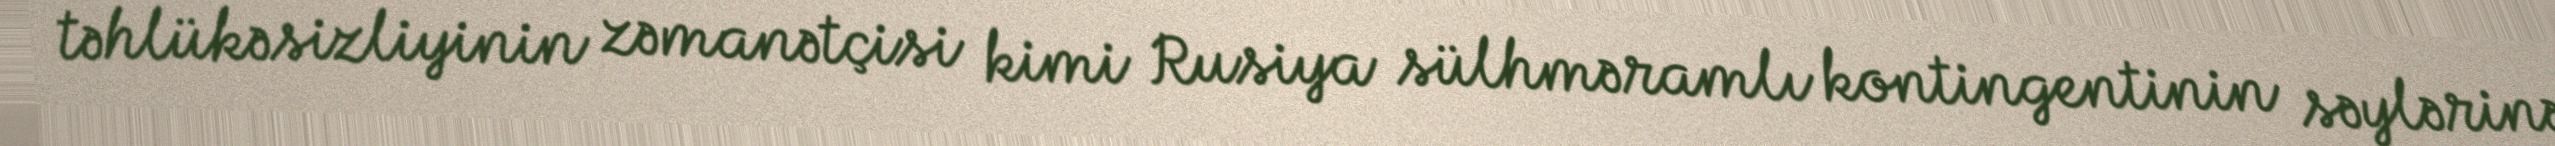
təhlükəsizliyinin zəmanətçisi kimi Rusiya sülhməramlı kontingentinin səylərinə